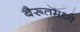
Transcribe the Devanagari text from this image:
बैरूतमध्ये